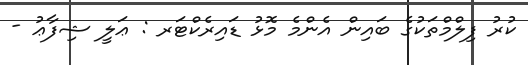
ކުރު ފިލްމްތަކުގެ ބައިން އެންމެ މޮޅު ޑައިރެކްޓަރ : ޢަލީ ޝިފާޢު -